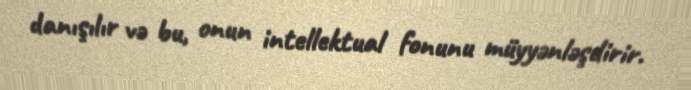
danışılır və bu, onun intellektual fonunu müyyənləşdirir.